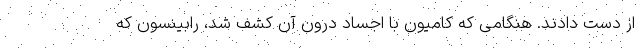
از دست دادند. هنگامی که کامیون با اجساد درون آن کشف شد، رابینسون که